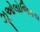
ઝૂઓલોજિકલ